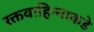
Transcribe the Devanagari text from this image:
रक्तवाहिन्याकडे